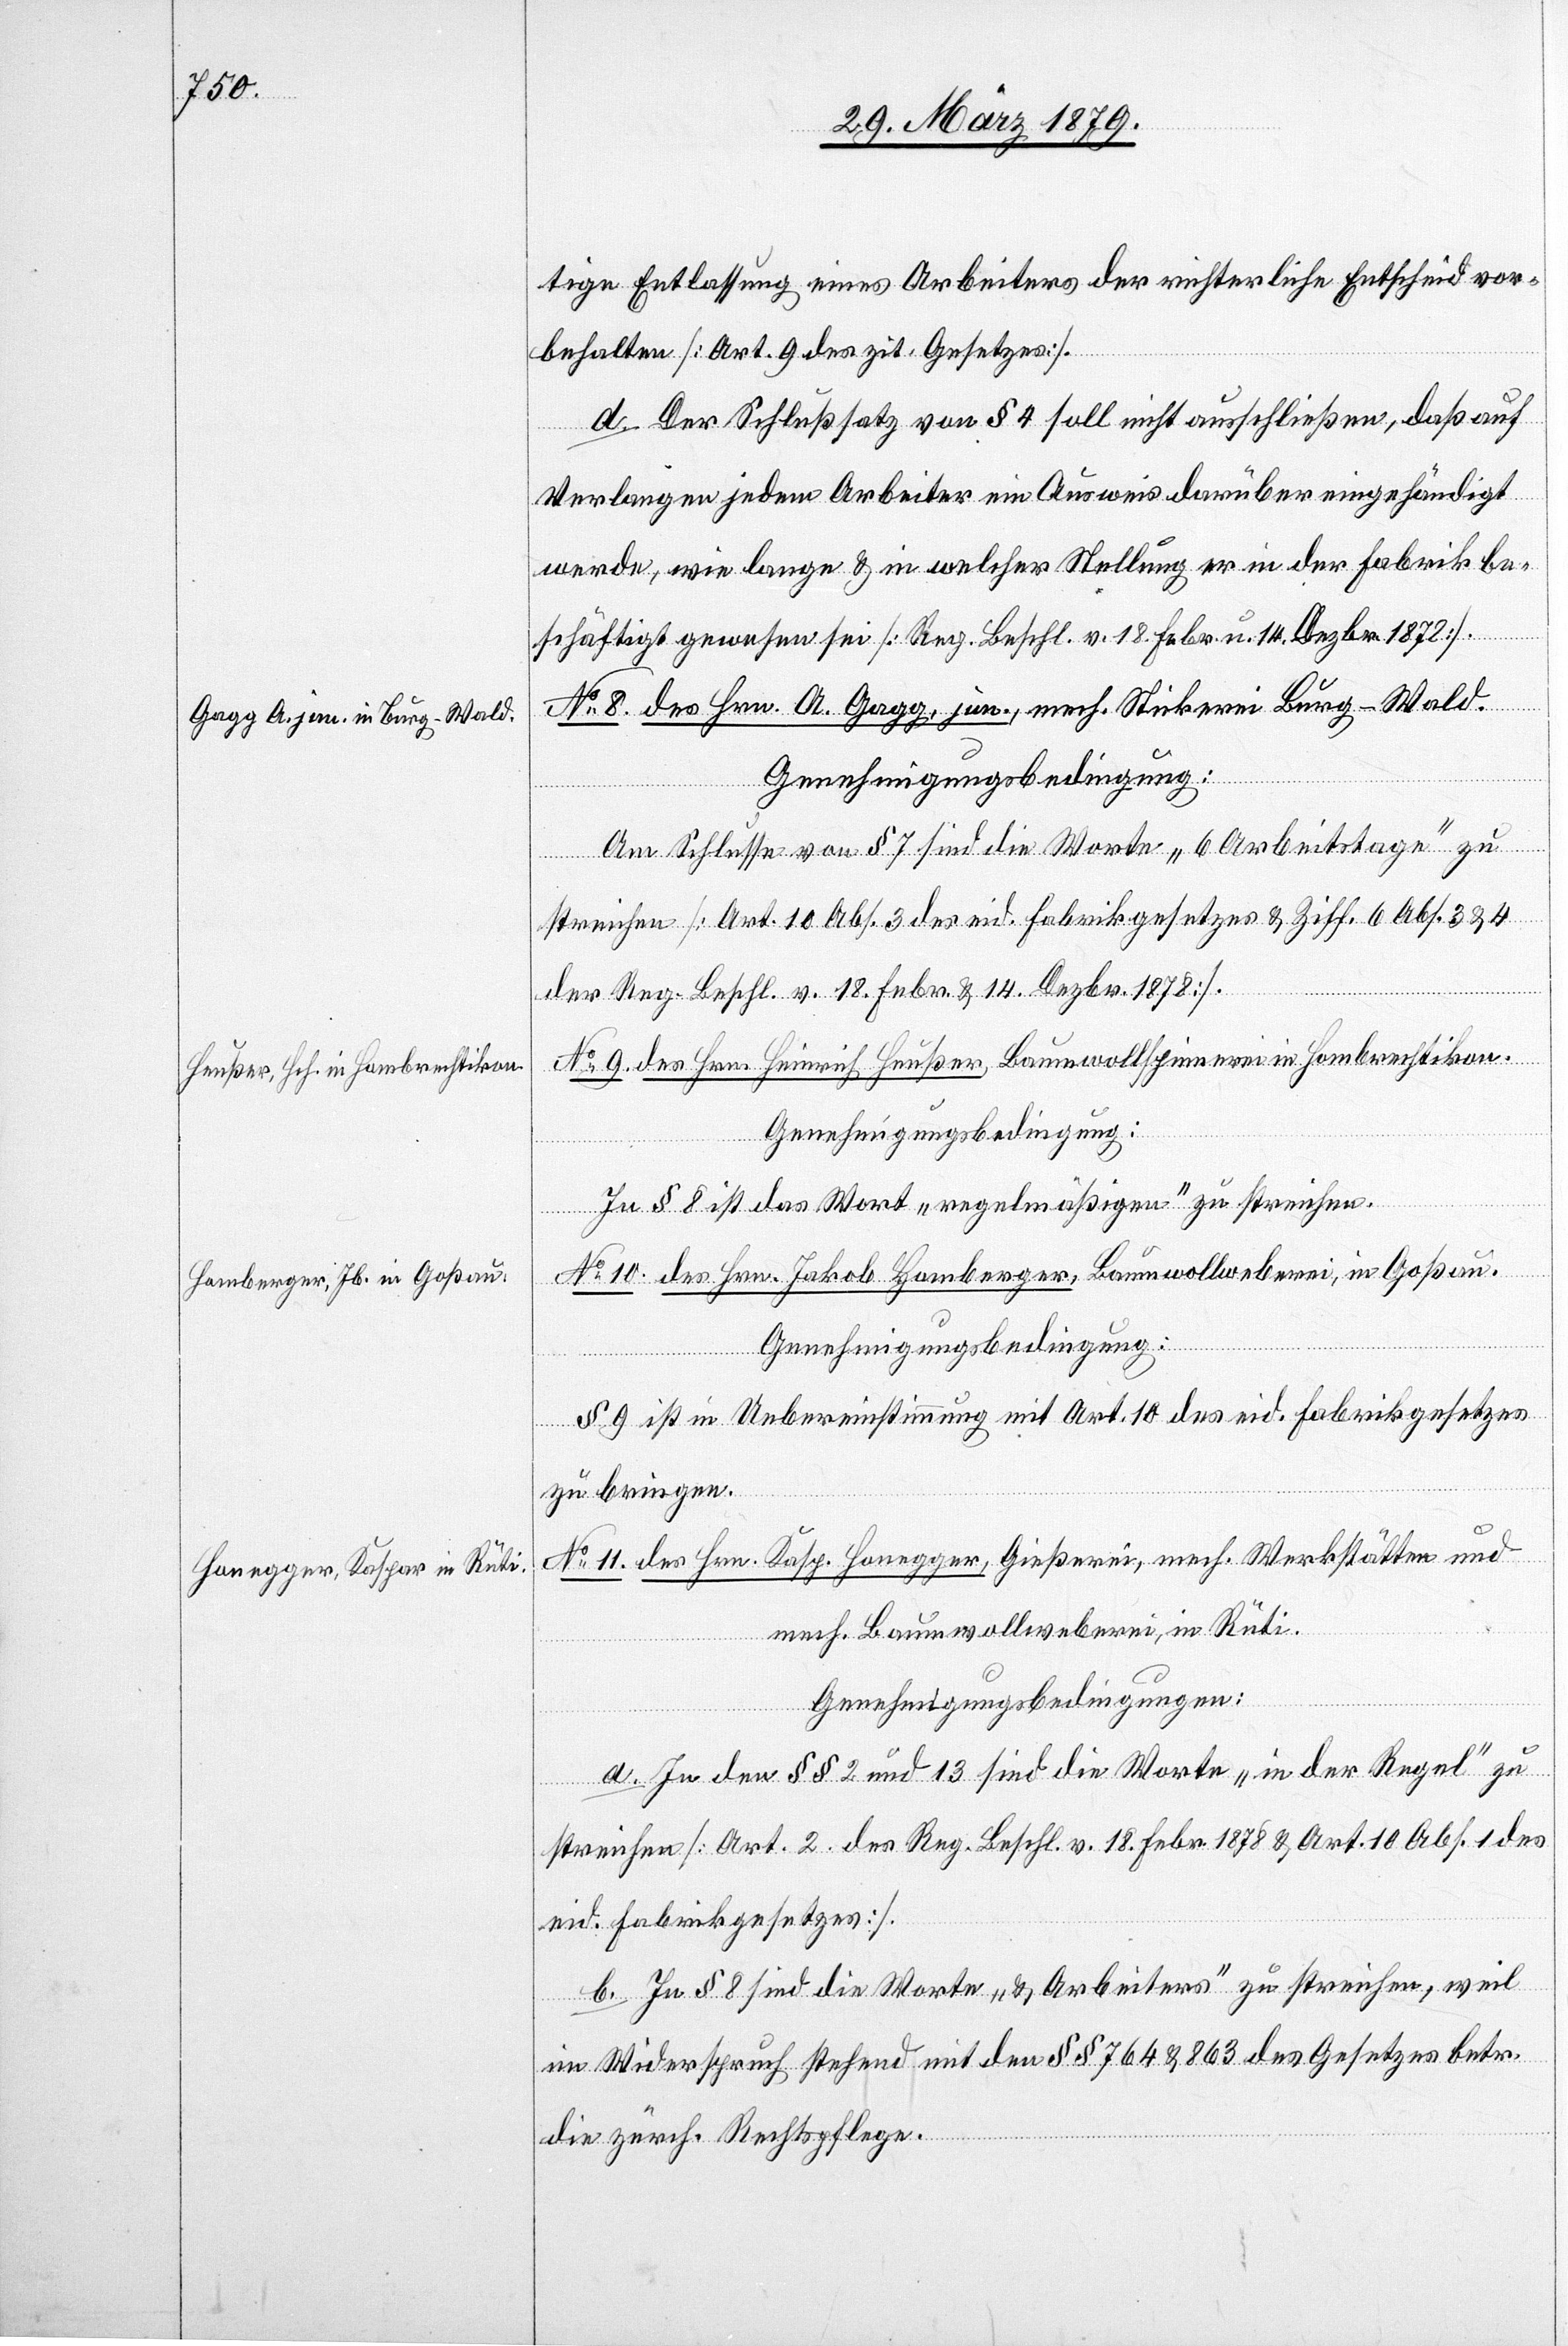
tige Entlassung eines Arbeiters der richterliche Entscheid vor¬
behalten [Art. 9 des zit. Gesetzes].
d. Der Schlußsatz von § 4 soll nicht ausschließen, daß auf
Verlangen jedem Arbeiter ein Ausweis darüber eingehändigt
wird, wie lange & in welcher Stellung er in der Fabrik be¬
schäftigt gewesen sei. [Reg. Beschl. v. 18. Febr. u. 14. Dezbr. 1878].
No 8. des Hrn. A. Gagg, jun., mech. Stickerei Burg - Wald.
Genehmigungsbedingung:
Am Schlusse von § 7 sind die Worte „6 Arbeitstage“ zu
streichen [Art. 10 Abs. 3 des eid. Fabrikgesetzes & Ziff. 6 Abs. 3 & 4
der Reg. Beschl. v. 18. Febr. & 14. Dezbr. 1878].
No 9. des Hrn. Heinrich Heußer, Baumwollspinnerei in Hombrechtikon.
Genehmigungsbedingung:
In § 8 ist das Wort „regelmäßigen“ zu streichen.
No 10. des Hrn. Jakob Homberger, Baumwollweberei, in Goßau.
§ 9 ist in Uebereinstimmung mit Art. 10 des eid. Fabrikgesetzes
zu bringen.
No 11. des Hrn. Kasp. Honegger, Gießerei, mech. Werkstätten und
mech. Baumwollweberei, in Rüti.
Genehmigungsbedingungen:
a. In den §§ 2 und 13 sind die Worte „in der Regel“ zu
streichen [Art. 2 des Reg. Beschl. v. 18. Febr. 1878 & Art. 10 Abs. 1 des
eid. Fabrikgesetzes].
b. In § 8 sind die Worte „& Arbeiters“ zu streichen, weil
im Widerspruch stehend mit den §§ 764 & 863 des Gesetzes betr.
die zürch. Rechtspflege.